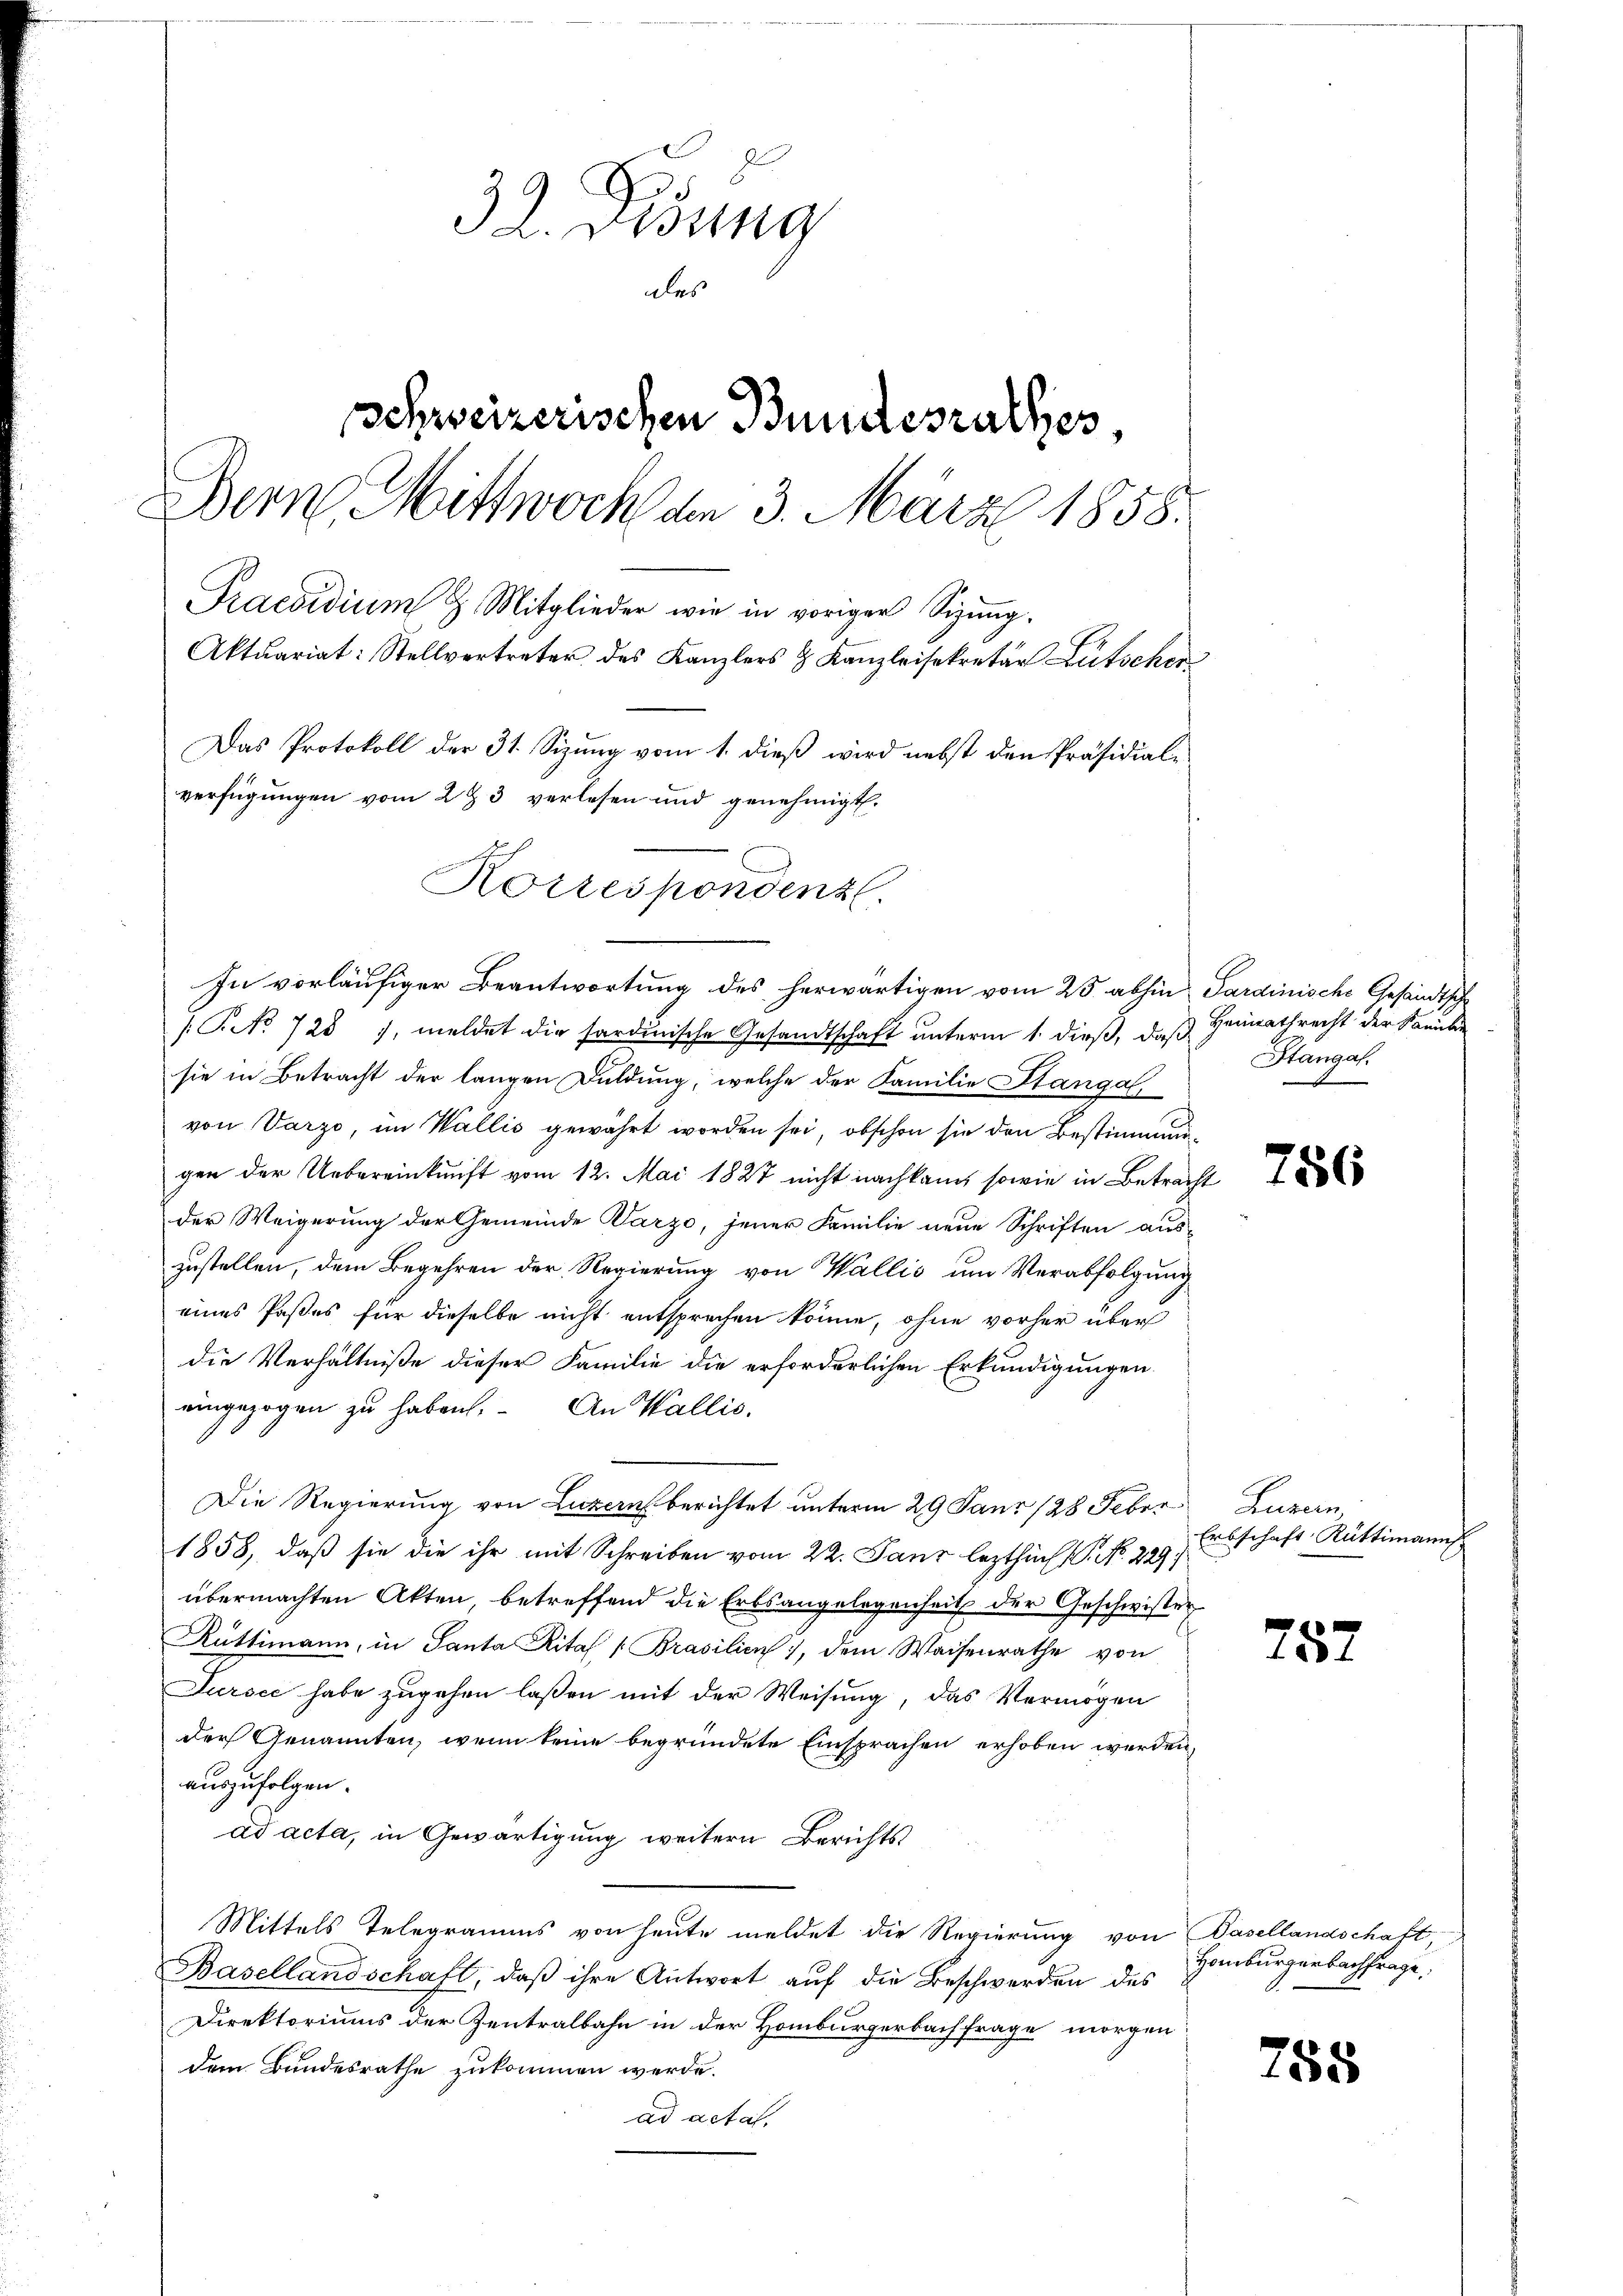
d
32. Visung
des
Schweizerischen Bundesrathes,
Dein Mittwoch den 3. März 1858.
Praesidium 8 Mitglieder wie in vorigen Sizung¬
Aktuariat: Stellvertreter des Kanzlers & Kanzleisekretär Lütscher
Das Protokoll der 31. Sizung vom 1. dieß wird nebst den Präsidialverfügungen vom 2 t 3 verlesen und genehmigt.
Korrespondenz.

e

In vorläufiger Beantwortung des herwärtigen vom 25. abhin Sardinische Gesandtsch
/T. No 725, meldet die sardinische Gesandtschaft unterm 1. dieß, daß Heimathrecht der Sammle
sie in Betracht der langen Duldung, welche der Familie Stangal
von Varze, im Wallis gewährt worden sei, obschon sie den Bestimmung
gen der Uebereinkunft vom 12. Mai 1827 nicht nachkam, sowie in Betracht
der Weigerung der Gemeinde Parze, jener Familie neue Schriften aus-
zustellen, dem Begehren der Regierung von Wallis um Verabfolgung
eines Paßes für dieselbe nicht entsprechen könne, ohne vorher über
die Verhältniße dieser Familie die erforderlichen Erkundigungen
eingezogen zu haben. An Wallis.
Die Regierung von Luzern berichtet unterm 29 Janr (28 Feber
1858, daß sie die ihr mit Schreiben vom 22. Jaur lezthin 1. No. 229.
übermachten Akten, betreffend die Erbsangelegenheit der Geschwister
Rüttimann, in Santa Ritas (Brasilien), dem Waisenrathe von
Sursee habe zugehen laßen mit der Weisung, das Vermögen
der Genannten, wenn keine begründete Einsprachen erhoben werden,
auszufolgen.
ad acta, in Gewärtigung weitern Berichts
Mittels Telegramms von heute meldet die Regierung von Basellandschaft,
Basellandschaft, daß ihre Antwort auf die Beschwerden des
Direktoriums der Zentralbahn in der Homburgerbach frage morgen
dem Bundesrathe zukommen werde.
ad acta.

Stangal.

756

Huren,
Erbschaft Rüttimanns

757

Homburgerbachfrage

785